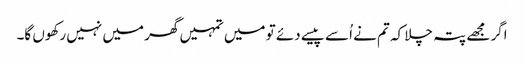
اگر مجھے پتہ چلا کہ تم نے اُسے پیسے دئے تو میں تمہیں گھر میں نہیں رکھوں گا۔